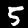
Digit: 5